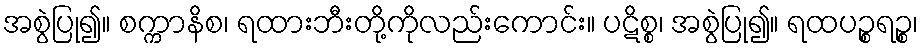
အစွဲပြု၍။ စက္ကာနိစ၊ ရထားဘီးတို့ကိုလည်းကောင်း။ ပဋိစ္စ၊ အစွဲပြု၍။ ရထပဉ္စရဉ္စ၊